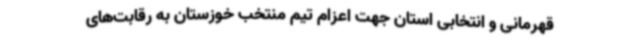
قهرمانی و انتخابی استان جهت اعزام تیم منتخب خوزستان به رقابت‌های